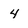
Character: 4